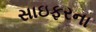
સાઇફરના